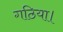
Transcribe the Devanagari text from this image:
गठिया।